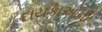
દાયકાઓની